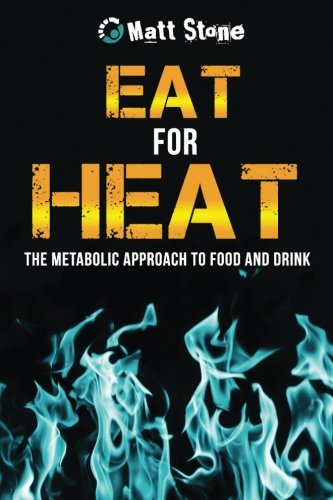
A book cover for Eat for Heat: The Metabolic Approach to Food and Drink; Matt Stone; Health, Fitness & Dieting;